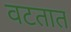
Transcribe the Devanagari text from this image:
वटतात